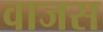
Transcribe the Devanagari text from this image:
वाजस